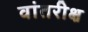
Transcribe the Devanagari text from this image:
वांतरीक्ष